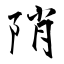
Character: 陗